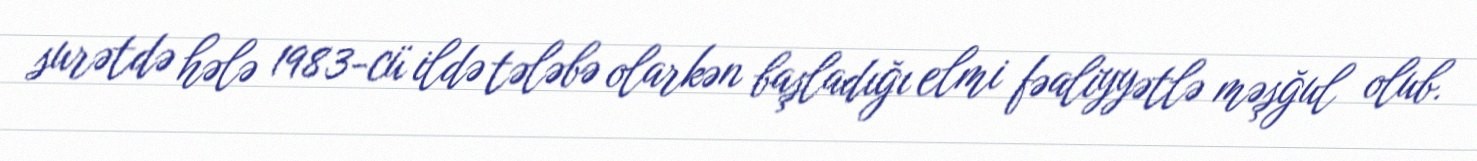
surətdə hələ 1983-cü ildə tələbə olarkən başladığı elmi fəaliyyətlə məşğul olub.